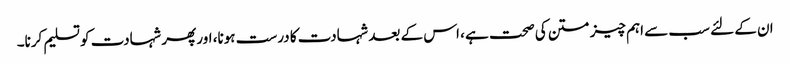
ان کے لئے سب سے اہم چیز متن کی صحت ہے ، اس کے بعد شہادت کا درست ہونا، اور پھر شہادت کو تسلیم کرنا۔